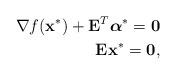
LaTeX: \begin{align*}\nabla f(\mathbf{x}^{*}) + \mathbf{E}_{}^T\boldsymbol{\alpha}^{*} = \mathbf{0} \\\mathbf{E}_{}\mathbf{x}^* = \mathbf{0},\end{align*}